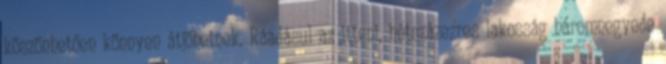
köszönhetően könnyen átjöhetnek. Ráadásul az itteni, hétszázezres lakosság háromnegyede